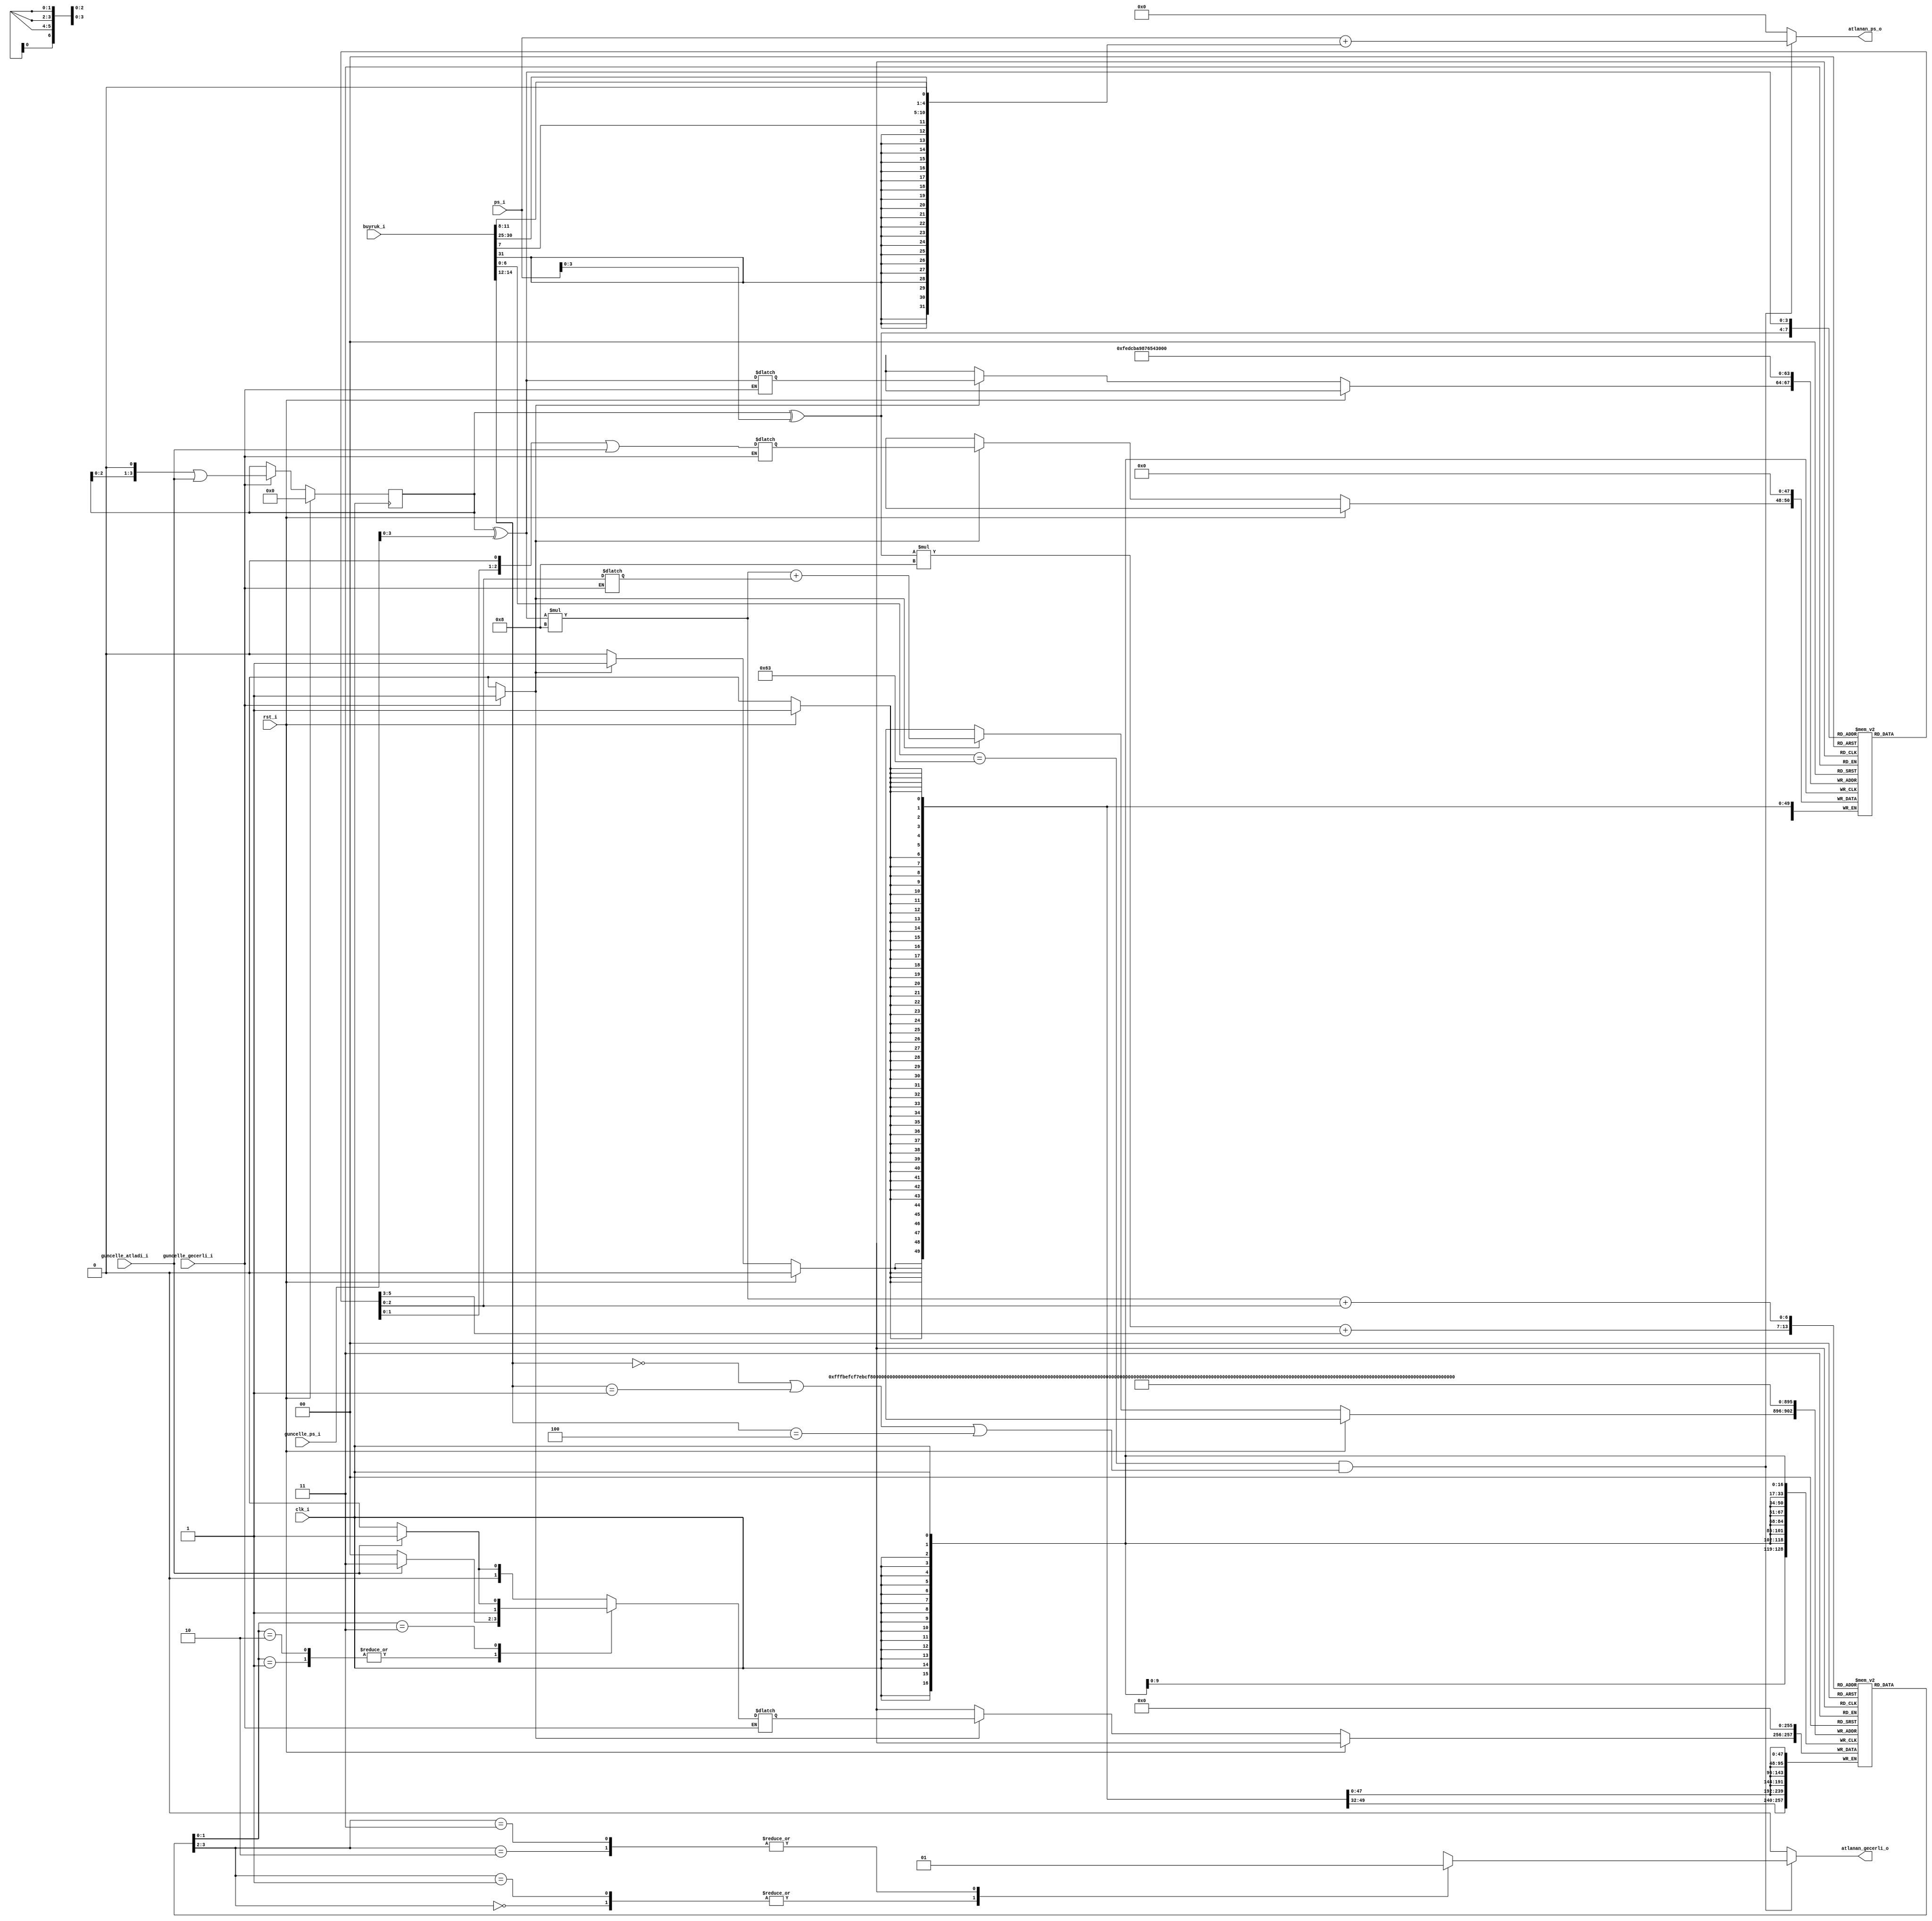
`timescale 1ns / 1ps

module ongorucu (
    // Saat ve reset
    input               clk_i,
    input               rst_i,

    // Dallanma cozuldukten sonra gercek sonucu gosteren guncelleme sinyalleri
    input               guncelle_gecerli_i, // Guncelleme aktif
    input               guncelle_atladi_i,  // Ilgili dallanma atladi
    input   [31:0]      guncelle_ps_i,      // Ilgili dallanmanin program sayaci

    // Su anda islenen program sayaci ve buyruk
    input   [31:0]      ps_i,
    input   [31:0]      buyruk_i,

    // Atlama sonucunu belirten sinyaller
    output  [31:0]      atlanan_ps_o,       // Atlanilacak olan program sayaci
    output              atlanan_gecerli_o   // Atlama gecerli
);

localparam  OPCODE_DALLANMA  = 7'b1100011;
localparam  FONKSIYON_BEQ = 3'b000;
localparam  FONKSIYON_BNE = 3'b001;
localparam  FONKSIYON_BLT = 3'b100;
localparam  DURUM_GT         = 0;
localparam  DURUM_ZT         = 1;
localparam  DURUM_ZA         = 2;
localparam  DURUM_GA         = 3;

reg [31:0]  atlanan_ps_cmb = 0;
reg         atlanan_gecerli_cmb = 0;

reg [3:0]   genel_gecmis_r = 0;
reg [3:0]   genel_gecmis_ns = 0;

reg [2:0]   gshare_gecmis_tablosu_r [15:0];
reg [1:0]   ongoru_tablosu_r        [15:0][7:0];

reg [3:0]   gshare_guncellenecek_adres;
reg [2:0]   gshare_guncellenecek_veri;
reg         gshare_guncelle = 0;

reg [2:0]   ongoru_tablosu_guncellenecek_adres;
reg [1:0]   ongoru_tablosu_guncellenecek_veri;

wire [6:0]  opcode;
wire [2:0]  fonksiyon;
wire [31:0] anlik;
wire [3:0]  xor_sonuc;
wire [3:0]  guncelle_xor_sonuc;

integer i, j;
initial begin
    for (i = 0; i < 16; i = i + 1) begin
        gshare_gecmis_tablosu_r[i] = 0;
        for (j = 0; j < 8; j = j + 1) begin
            ongoru_tablosu_r[i][j] = 0;
        end
    end
end

always @* begin
    atlanan_ps_cmb = 0;
    atlanan_gecerli_cmb = 0;
    genel_gecmis_ns = genel_gecmis_r;
    gshare_guncelle = 0;

    if (opcode == OPCODE_DALLANMA && (fonksiyon == FONKSIYON_BEQ || fonksiyon == FONKSIYON_BNE || fonksiyon == FONKSIYON_BLT)) begin
        atlanan_ps_cmb = ps_i + anlik;

        case (ongoru_tablosu_r[xor_sonuc][gshare_gecmis_tablosu_r[xor_sonuc]])
        DURUM_GT: begin
            atlanan_gecerli_cmb = 0;
        end
        DURUM_ZT: begin
            atlanan_gecerli_cmb = 0;
        end
        DURUM_ZA: begin
            atlanan_gecerli_cmb = 1;
        end
        DURUM_GA: begin
            atlanan_gecerli_cmb = 1;
        end
        endcase
    end

    if (guncelle_gecerli_i) begin
        genel_gecmis_ns = (genel_gecmis_r << 1) | guncelle_atladi_i;
        gshare_guncellenecek_veri = (gshare_gecmis_tablosu_r[guncelle_xor_sonuc] << 1) | guncelle_atladi_i;
        gshare_guncellenecek_adres = guncelle_xor_sonuc;
        ongoru_tablosu_guncellenecek_adres = gshare_gecmis_tablosu_r[guncelle_xor_sonuc];
        case (ongoru_tablosu_r[guncelle_xor_sonuc][gshare_gecmis_tablosu_r[guncelle_xor_sonuc]])
        DURUM_GT: begin
            if (guncelle_atladi_i) begin
                ongoru_tablosu_guncellenecek_veri = DURUM_ZT;
            end
            else begin
                ongoru_tablosu_guncellenecek_veri = DURUM_GT;
            end
        end
        DURUM_ZT: begin
            if (guncelle_atladi_i) begin
                ongoru_tablosu_guncellenecek_veri = DURUM_GA;
            end
            else begin
                ongoru_tablosu_guncellenecek_veri = DURUM_GT;
            end
        end
        DURUM_ZA: begin
            if (guncelle_atladi_i) begin
                ongoru_tablosu_guncellenecek_veri = DURUM_GA;
            end
            else begin
                ongoru_tablosu_guncellenecek_veri = DURUM_GT;
            end
        end
        DURUM_GA: begin
            if (guncelle_atladi_i) begin
                ongoru_tablosu_guncellenecek_veri = DURUM_GA;
            end
            else begin
                ongoru_tablosu_guncellenecek_veri = DURUM_ZA;
            end
        end
        endcase
        gshare_guncelle = 1;
    end
end

always @(posedge clk_i) begin
    if (rst_i) begin
        genel_gecmis_r <= 0;
        for (i = 0; i < 16; i = i + 1) begin
            gshare_gecmis_tablosu_r[i] = 0;
            for (j = 0; j < 8; j = j + 1) begin
                ongoru_tablosu_r[i][j] = 0;
            end
        end
    end
    else begin
        genel_gecmis_r <= genel_gecmis_ns;
        if (gshare_guncelle) begin
            gshare_gecmis_tablosu_r[gshare_guncellenecek_adres] <= gshare_guncellenecek_veri;
            ongoru_tablosu_r[guncelle_xor_sonuc][ongoru_tablosu_guncellenecek_adres] <= ongoru_tablosu_guncellenecek_veri;
        end
    end
end

assign atlanan_ps_o = atlanan_ps_cmb;
assign atlanan_gecerli_o = atlanan_gecerli_cmb;
assign opcode = buyruk_i[7:0];
assign fonksiyon = buyruk_i[14:12];
assign anlik = {{20{buyruk_i[31:31]}}, buyruk_i[7:7], buyruk_i[30:25], buyruk_i[11:8], 1'b0};
assign xor_sonuc = (genel_gecmis_r ^ ps_i[3:0]);
assign guncelle_xor_sonuc = (genel_gecmis_r ^ guncelle_ps_i[3:0]);

endmodule